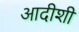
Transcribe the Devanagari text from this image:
आदीशी